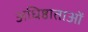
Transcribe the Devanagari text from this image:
अधिष्ठाताओं